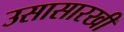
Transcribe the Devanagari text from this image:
उसासारखी